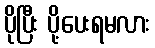
ပိုပြီး ပို့ပေးရမလား